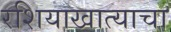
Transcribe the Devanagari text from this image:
रशियाखात्याचा